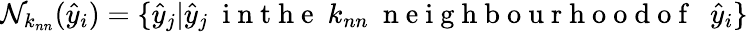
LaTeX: \mathcal N_{k_{nn}}(\hat{y}_{i})=\{ \hat{y}_{j}|\hat{y}_{j}\ \mathrm{~i~n~t~h~e~}\ k_{nn}\ \mathrm{~n~e~i~g~h~b~o~u~r~h~o~o~d~o~f~}\ \ \hat{y}_{i}\}